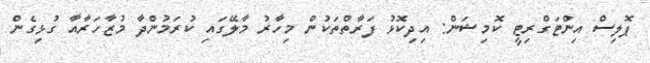
ޕޮލިސް އިންޓަގްރިޓީ ކޮމިޝަން: އިދިކޮޅު ފަރާތްތަކުން މިހާރު މާލޭގައި ކުރަމުންދާ މުޒާހަރާއާ ގުޅިގެން